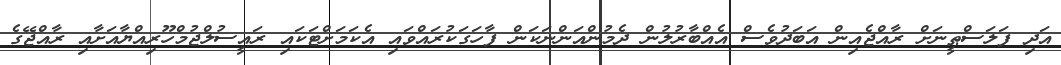
އަދި ފަލަސްޠީނަށް ރާއްޖެއިން އަބަދުވެސް އެއްބާރުލުން ދެމުންއަންނަކަން ފާހަގަކުރައްވައި އެކަމަށްޓަކައި ރައީސުލްޖުމްހޫރިއްޔާއަށާއި ރާއްޖޭގެ